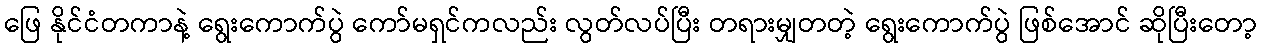
ဖြေ နိုင်ငံတကာနဲ့ ရွေးကောက်ပွဲ ကော်မရှင်ကလည်း လွတ်လပ်ပြီး တရားမျှတတဲ့ ရွေးကောက်ပွဲ ဖြစ်အောင် ဆိုပြီးတော့